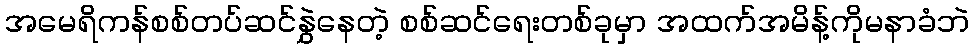
အမေရိကန်စစ်တပ်ဆင်နွှဲနေတဲ့ စစ်ဆင်ရေးတစ်ခုမှာ အထက်အမိန့်ကိုမနာခံဘဲ